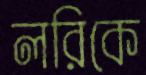
লরিকে